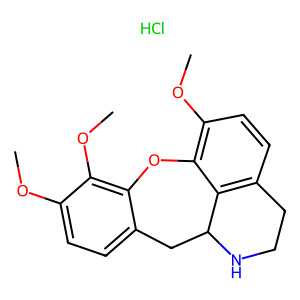
SMILES: COc1ccc2c(c1OC)Oc1c(OC)ccc3c1C(C2)NCC3.Cl
Inhibits HIV replication: No